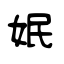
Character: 姄